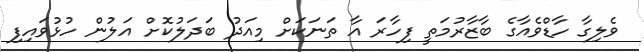
ވެލިގާ ހާޑްވެއާގެ ބާޒާރުމަތީ ފިހާރަ އާ ތަނަކަށް މިއަދު ބަދަލުކޮށް އަލުން ހުޅުވައިފި